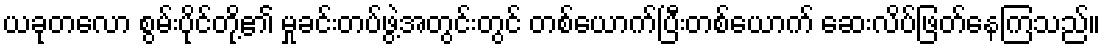
ယခုတလော စွမ်းပိုင်တို့၏ မှုခင်းတပ်ဖွဲ့အတွင်းတွင် တစ်ယောက်ပြီးတစ်ယောက် ဆေးလိပ်ဖြတ်နေကြသည်။